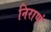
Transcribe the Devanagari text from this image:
निराणं